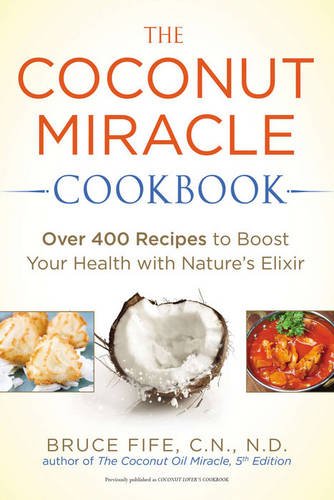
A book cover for The Coconut Miracle Cookbook: Over 400 Recipes to Boost Your Health with Nature's Elixir; Bruce Fife; Cookbooks, Food & Wine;